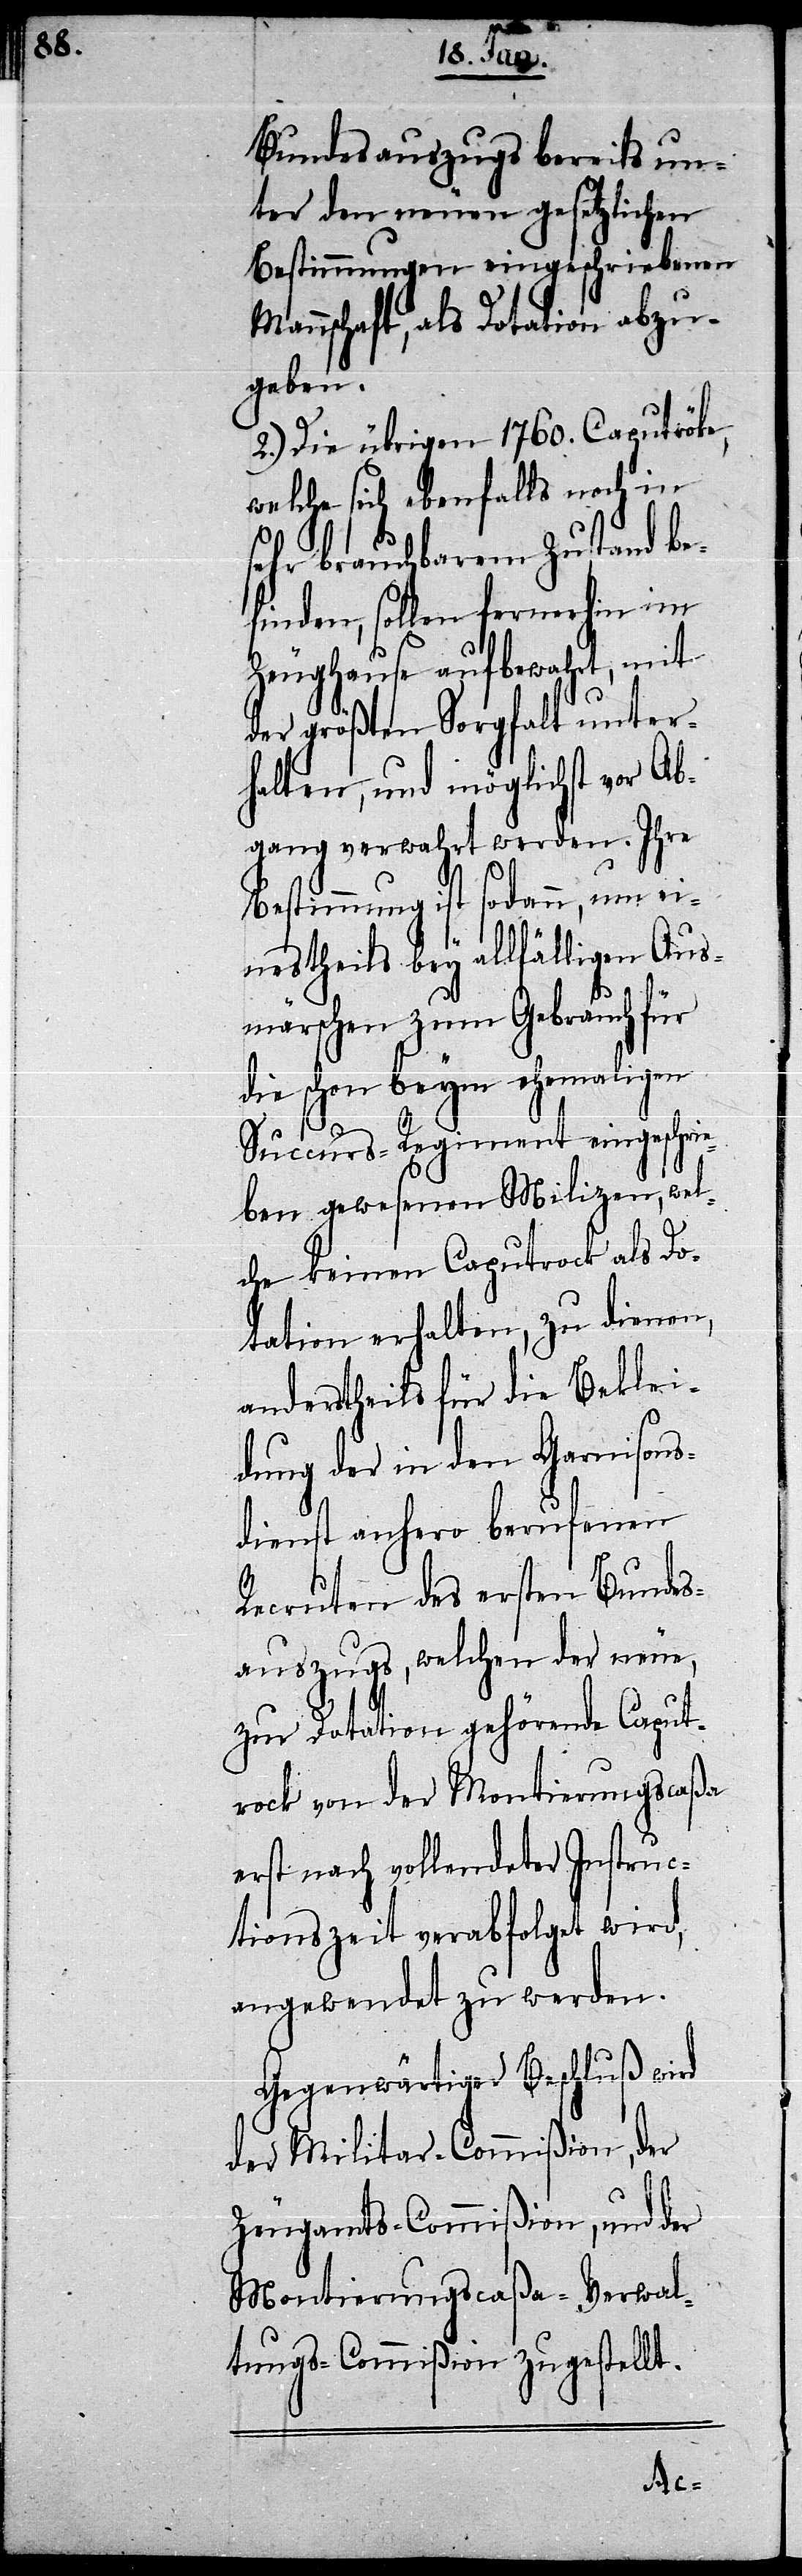
Bundesauszugs bereits un¬
ter den neuen gesetzlichen
Bestimmungen eingeschriebenen
Mannschaft, als Dotation abzu¬
geben.
2.) Die übrigen 1760. Caputr¬
welche sich ebenfalls noch in
sehr brauchbarem Zustand be¬
finden, sollen fernerhin im
Zeughause aufbewahrt, mit
der größten Sorgfalt unter¬
halten, und möglichst vor Ab¬
gang verwahrt werden. Ihre
Bestimmung ist sodann, um ei¬
nestheils bey allfälligen Aus¬
märschen zum Gebrauch für
die schon beym ehemaligen
Succurs-Regiment eingeschrie¬
ben gewesenen Milizen, wel¬
che keinen Caputrock als Do¬
tation erhalten, zu dienen,
anderstheils für die Beklei¬
dung der in den Garnisons¬
dienst anhero berufenen
Recruten des ersten Bundes¬
auszugs, welchen der neue,
zur Dotation gehörende Caput¬
rock von der Montierungscaßa
erst nach vollendeter Instruc¬
tionszeit verabfolget wird,
angewendet zu werden.
Gegenwärtiger Beschluß wird
der Militar-Commißion, der
Zeugamts-Commißion, und der
Montierungscaßa-Verwal¬
tungs-Commißion zugestellt.
ö[c]ke,